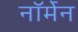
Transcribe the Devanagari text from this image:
नॉर्मेन